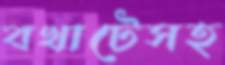
বখাটেসহ